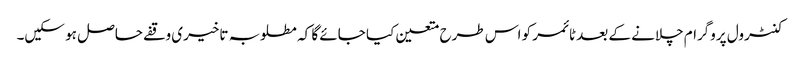
کنٹرول پروگرام چلانے کے بعد ٹائمر کو اس طرح متعین کیا جائے گا کہ مطلوبہ تاخیری وقفے حاصل ہو سکیں۔